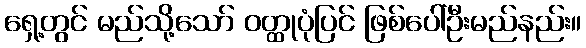
ရှေ့တွင် မည်သို့သော် ဝတ္ထုပုံပြင် ဖြစ်ပေါ်ဦးမည်နည်း။